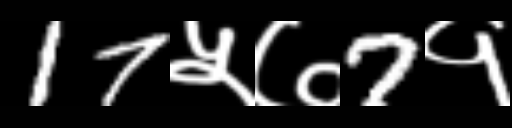
Text: 17५७7१